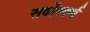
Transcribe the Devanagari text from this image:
सर्वोत्कर्ष